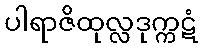
ပါရာဇိထုလ္လဒုက္ကဋံ